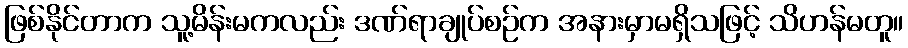
ဖြစ်နိုင်တာက သူ့မိန်းမကလည်း ဒဏ်ရာချုပ်စဉ်က အနားမှာမရှိသဖြင့် သိဟန်မတူ။